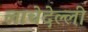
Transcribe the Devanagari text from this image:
लाचेदेल्ली